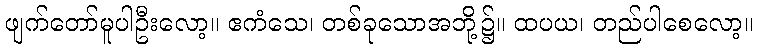
ဖျက်တော်မူပါဦးလော့။ ဧကံသေ၊ တစ်ခုသောအဘို့၌။ ထပယ၊ တည်ပါစေလော့။